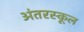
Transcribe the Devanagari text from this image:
अंतरस्कूल